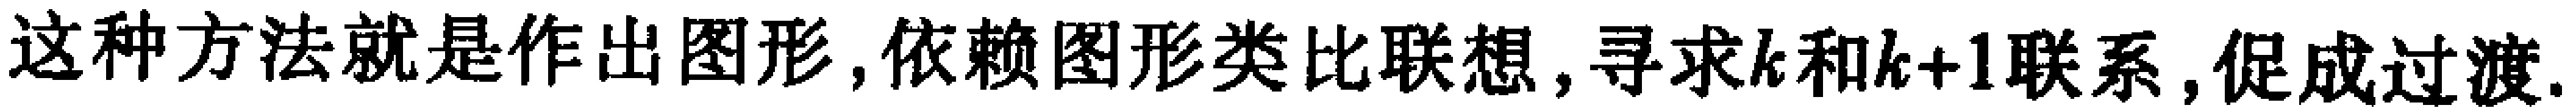
这种方法就是作出图形,依赖图形类比联想,寻求\(k\)和\(k + 1\)联系,促成过渡.